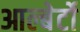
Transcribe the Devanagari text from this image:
आल्बेर्टो